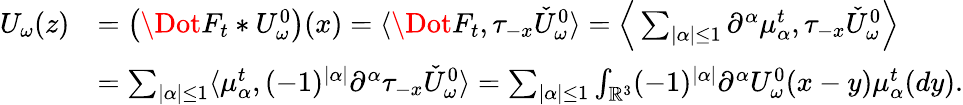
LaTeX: \begin{array}{rl}{U_{\omega}(z)}&{=\big(\Dot{F}_{t}*U_{\omega}^{0}\big)(x)=\langle\Dot{F}_{t},\tau_{-x}\check{U}_{\omega}^{0}\rangle=\Big\langle\sum_{|\alpha|\leq 1}\partial^{\alpha}\mu_{\alpha}^{t},\tau_{-x}\check{U}_{\omega}^{0}\Big\rangle}\\ &{=\sum_{|\alpha|\leq 1}\langle\mu_{\alpha}^{t},(-1)^{|\alpha|}\partial^{\alpha}\tau_{-x}\check{U}_{\omega}^{0}\rangle=\sum_{|\alpha|\leq 1}\int_{\mathbb{R}^{3}}(-1)^{|\alpha|}\partial^{\alpha}U_{\omega}^{0}(x-y)\mu_{\alpha}^{t}(dy).}\end{array}